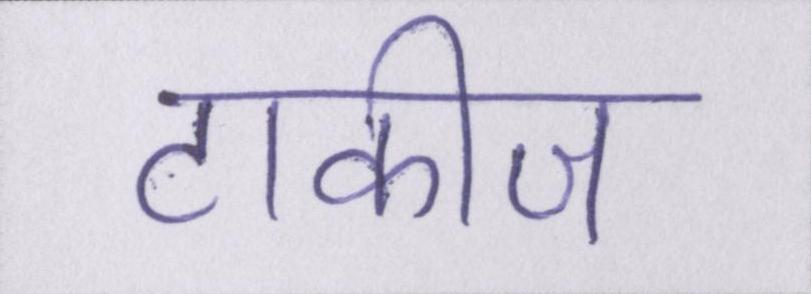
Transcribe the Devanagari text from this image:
टाकीज